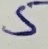
Text: 5